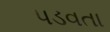
પડવતા